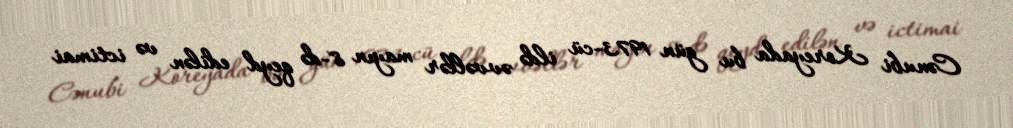
Cənubi Koreyada bu gün 1973-cü ildə əvvəllər mayın 8-də qeyd edilən və ictimai